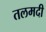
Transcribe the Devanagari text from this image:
तलमदी